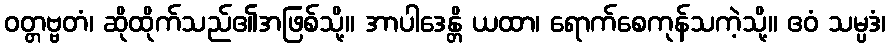
ဝတ္တဗ္ဗတံ၊ ဆိုထိုက်သည်၏အဖြစ်သို့။ အာပါဒေန္တိ ယထာ၊ ရောက်စေကုန်သကဲ့သို့။ ဧဝံ သမ္ပဒံ၊